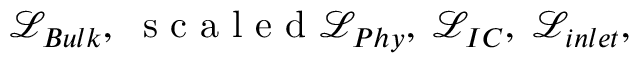
\mathcal { L } _ { B u l k } , \; \mathrm { ~ s ~ c ~ a ~ l ~ e ~ d ~ } \mathcal { L } _ { P h y } , \; \mathcal { L } _ { I C } , \; \mathcal { L } _ { i n l e t } ,